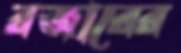
রজারের